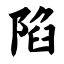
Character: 陷